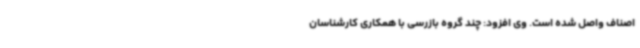
اصناف واصل شده است. وی افزود: چند گروه بازرسی با همکاری کارشناسان